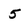
Character: 5